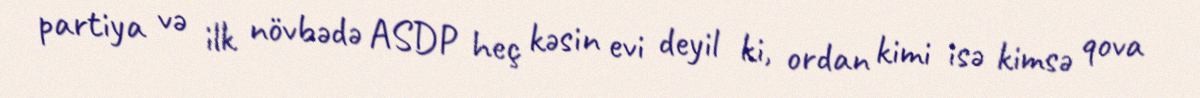
partiya və ilk növbədə ASDP heç kəsin evi deyil ki, ordan kimi isə kimsə qova